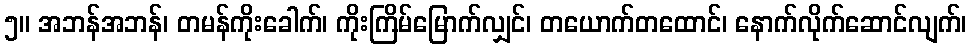
၅။ အဘန်အဘန်၊ တမန်ကိုးခေါက်၊ ကိုးကြိမ်မြောက်လျှင်၊ တယောက်တထောင်၊ နောက်လိုက်ဆောင်လျက်၊